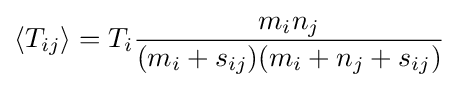
\langle T_{ij}\rangle =T_{i}{\frac {m_{i}n_{j}}{(m_{i}+s_{ij})(m_{i}+n_{j}+s_{ij})}}